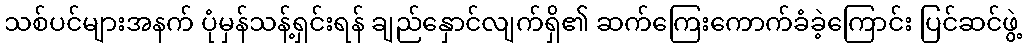
သစ်ပင်များအနက် ပုံမှန်သန့်ရှင်းရန် ချည်နှောင်လျက်ရှိ၏ ဆက်ကြေးကောက်ခံခဲ့ကြောင်း ပြင်ဆင်ဖွဲ့